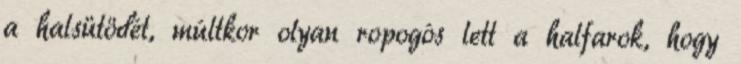
a halsütödét, múltkor olyan ropogós lett a halfarok, hogy